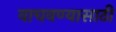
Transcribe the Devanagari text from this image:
वाचवण्‍यासाठी